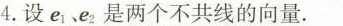
4.设e_{1}、e_{2}是两个不共线的向量.